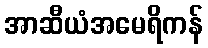
အာဆီယံအမေရိကန်